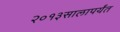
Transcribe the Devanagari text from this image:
२०१३सालापर्यंत